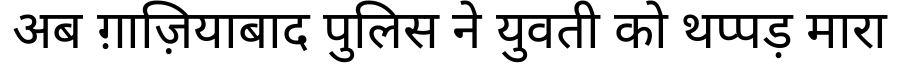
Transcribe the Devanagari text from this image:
अब ग़ाज़ियाबाद पुलिस ने युवती को थप्पड़ मारा